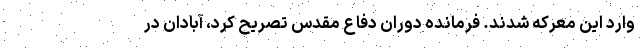
وارد این معرکه شدند. فرمانده دوران دفاع مقدس تصریح کرد، آبادان در